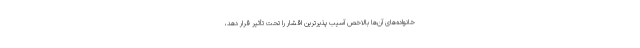
خانواده‌های آن‌ها بالاخص آسیب پذیرترین اقشار را تحت تأثیر قرار دهد،